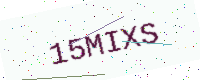
Text: 15MIXS